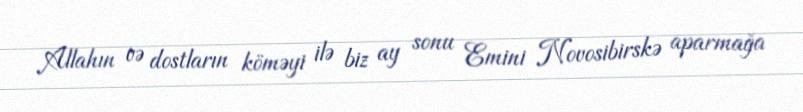
Allahın və dostların köməyi ilə biz ay sonu Emini Novosibirskə aparmağa